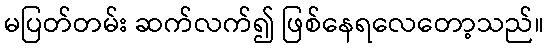
မပြတ်တမ်း ဆက်လက်၍ ဖြစ်နေရလေတော့သည်။